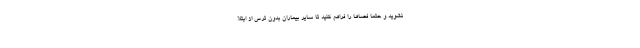
نشوید و حتما فضاها را فراهم کنید تا سایر بیماران بدون ترس از ابتلا